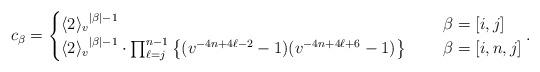
LaTeX: \begin{align*} c_{\beta}= \begin{cases} {\langle 2\rangle_{v}}^{|\beta|-1} &\quad\ \beta=[i,j]\\ {\langle 2\rangle_{v}}^{|\beta|-1} \cdot \prod_{\ell=j}^{n-1} \big\{(v^{-4n+4\ell-2}-1)(v^{-4n+4\ell+6}-1)\big\} &\quad\ \beta=[i,n,j] \end{cases}.\end{align*}